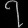
Digit: ၇